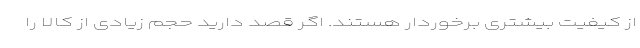
از کیفیت بیشتری برخوردار هستند. اگر قصد دارید حجم زیادی از کالا را